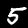
Label: 5